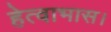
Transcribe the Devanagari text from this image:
हेत्वाभास।